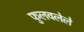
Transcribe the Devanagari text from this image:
फुलवलेले